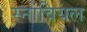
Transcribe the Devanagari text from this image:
स्नोवियल